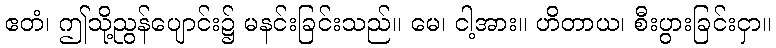
ဧတံ၊ ဤသို့ညွန်ပျောင်း၌ မနင်းခြင်းသည်။ မေ၊ ငါ့အား။ ဟိတာယ၊ စီးပွားခြင်းငှာ။